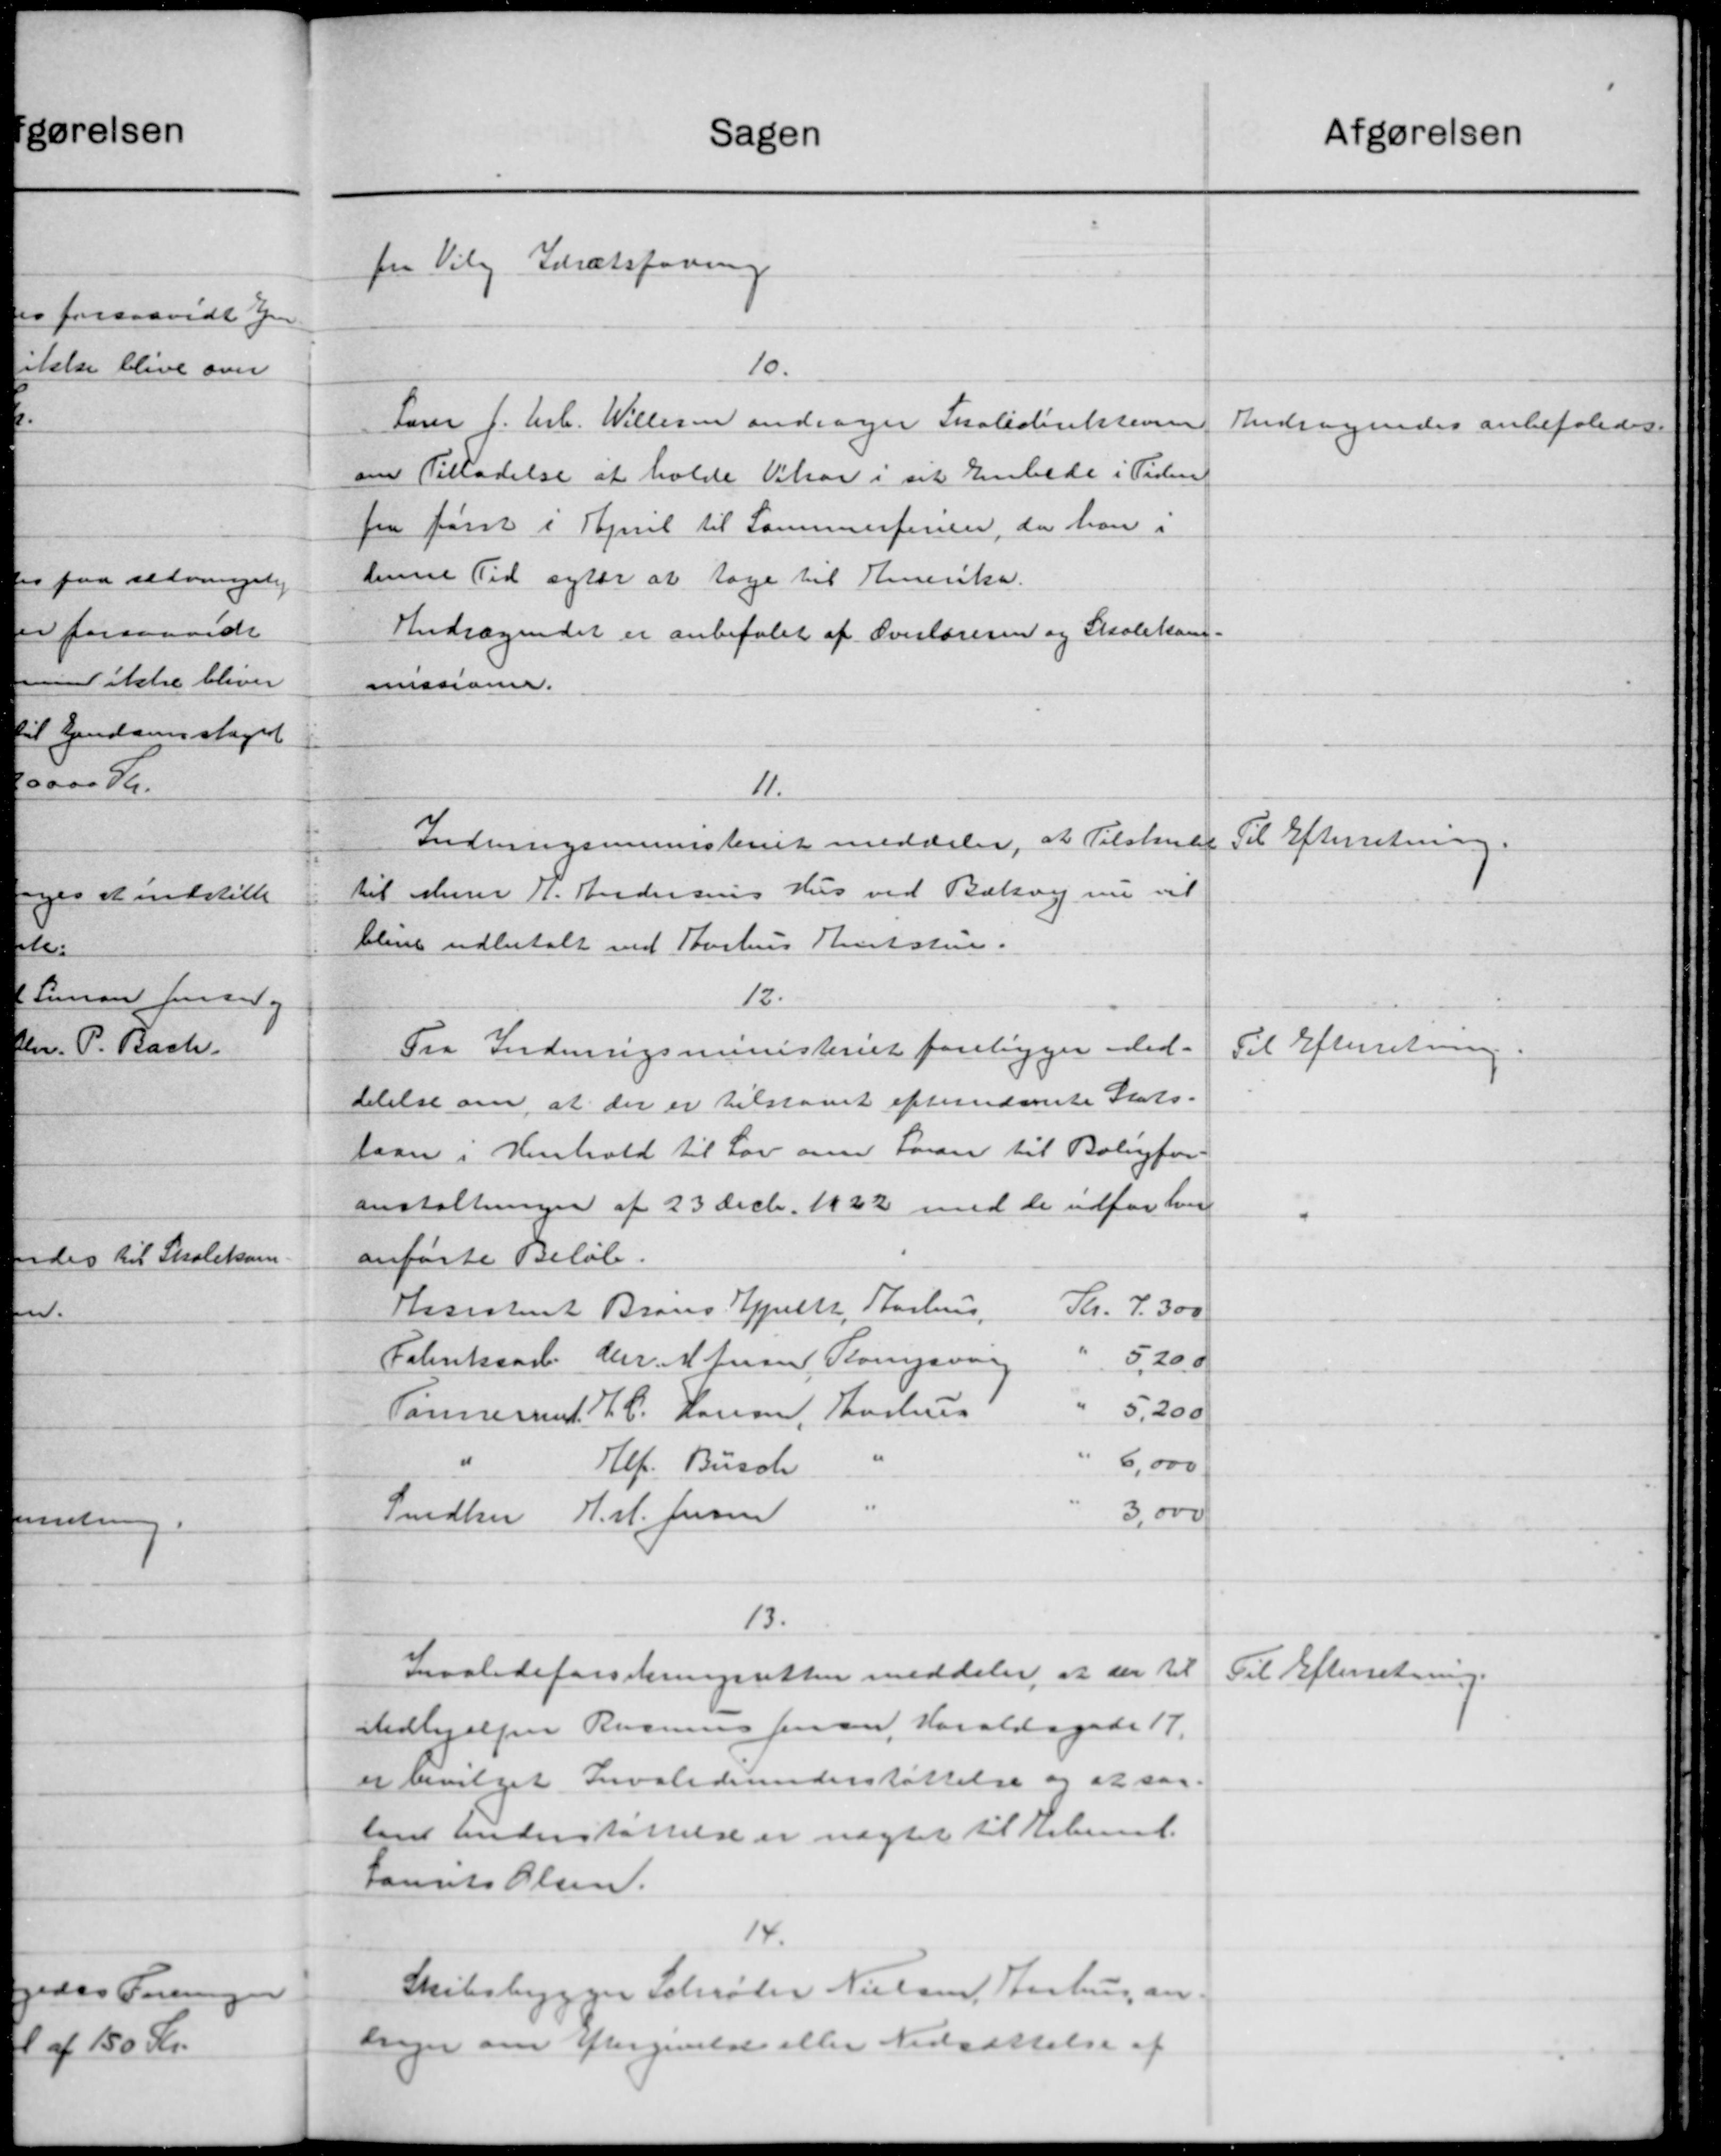
Transskription:
Sagen
fra Vilg. Idrætsforening
10.
Lærer J. Arb. Willes andrager Skoledirektionen
om Tilladelse at holde Vikar i sit Embede i Tiden
fra først i Tjel til Sammestenen, da han i
denne Tid agter at tage til Emerika.
Andragendet er anbefalet af Overlæreren og Skolekom-
mmssioner.
11.
Indnrigsministeriet meddeler, at Tilskud
til Murer H. Andersens Hus ved Bækvej nu vil
blive udbetalt ved Aarhus Amtstue.
12.
Fra Indenrigsministeriet foreligger ded.
delelse om at der er tilstaaet efternævnte Stats-
laan i Henhold til Lov om Laan til Boligfor
anstaltninger af 23 Decbr. 1922 med de udfor hver
anførte Beløb.
Hassehust Brans Hjelt, Aarhus.
Kr. 7.300
5,20 o
Fabrikaart Chr. M. Jersen, Torsvar
5,200
Tømrerm. H. C. Hansen, Aarhus
6,000
Hef. Busch
3,000
Snedker H. M. Jensen
13.
Invalideforsikringsretten meddeler, at der til
sedhjælper Rasmus Jensen, Haraldsgade 17.
er bevilget Invalideunderstøttelse og at saa
tant Understøttelse er nægtet til Ebmd.
Laurits Olsen.
14.
Skibsbygger Schiøler Nielsen, Aarhus an
Lager om Eftergivelse eller Nedsættelse af